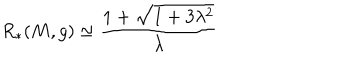
R _ { * } ( M , g ) \simeq \frac { 1 + \sqrt { 1 + 3 \lambda ^ { 2 } } } { \lambda }